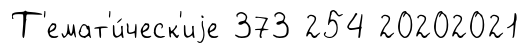
Т'емат'и́ческ'иjе 373 254 20202021